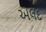
અલદ